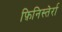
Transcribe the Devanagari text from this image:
फ़िनिस्तेर्रा